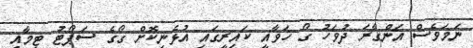
ނަމަވެސް އަންގާރަ ދުވަހު ގޯ ހަވާއީ ކައިރީގައި އުޅެނިކޮށް ގޯގެ ސަޕޯޓު ޓީމާއި